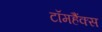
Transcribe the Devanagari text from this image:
टॉमहैंक्स